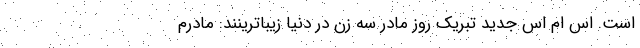
است. اس ام اس جدید تبریک روز مادر سه زن در دنیا زیباترینند: مادرم